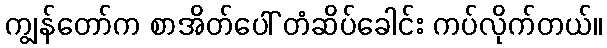
ကျွန်တော်က စာအိတ်ပေါ် တံဆိပ်ခေါင်း ကပ်လိုက်တယ်။